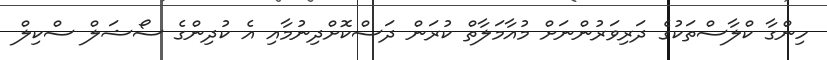
ހިންގާ ކްލާސްތަކުގެ ދަރިވަރުންނަށް މުއާމަލާތް ކުރަން ދަސްކޮށްދިނުމާއި އެ ކުދިންގެ ސޯޝަލް ސްކިލް